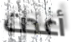
أعدت